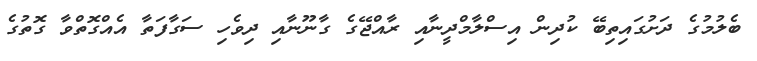
ބެލުމުގެ ދަށުގައިތިބޭ ކުދިން އިސްލާމްދީނާއި ރާއްޖޭގެ ގާނޫނާއި ދިވެހި ސަގާފަތާ އެއްގޮތްވާ ގޮތުގެ